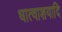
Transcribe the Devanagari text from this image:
धात्वाशयादि